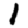
Digit: 1